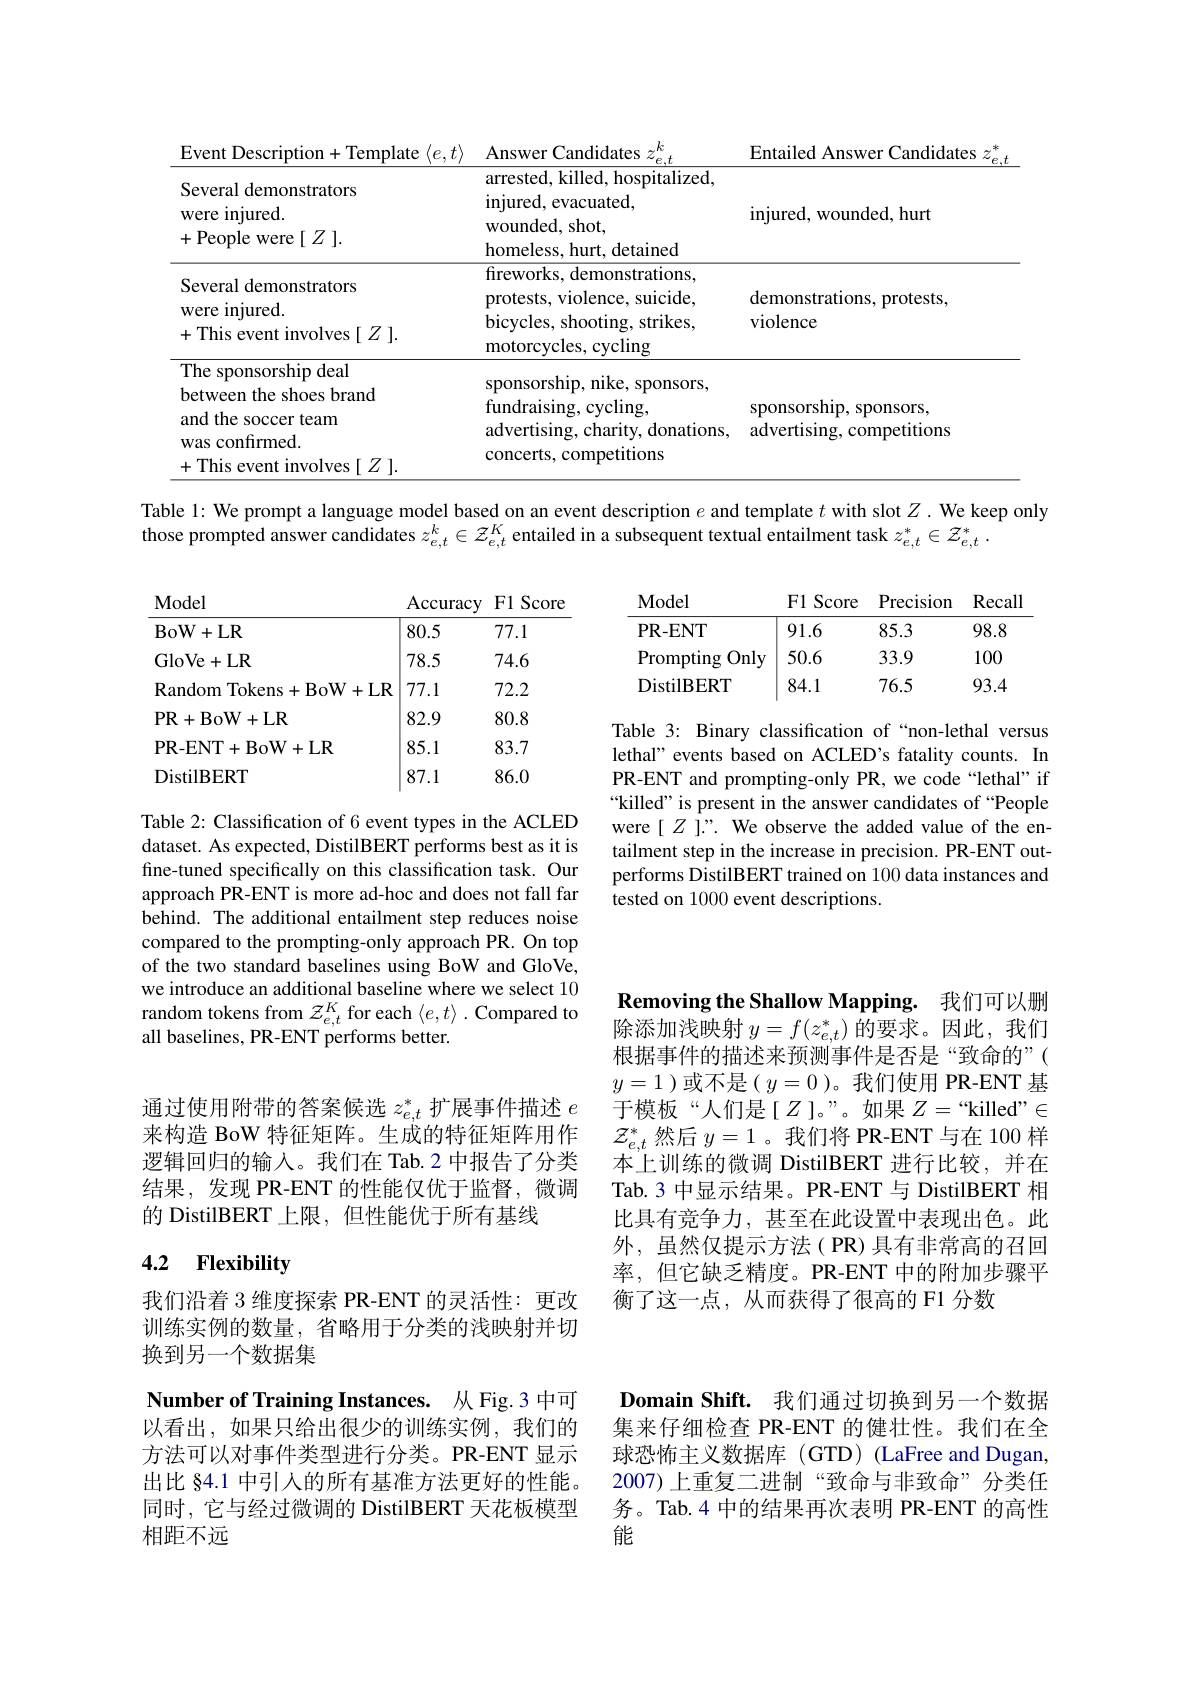
<table>
	<tbody>
		<tr>
			<th>Event Description+Template$\langle e,t\rangle$</th>
			<th>${\mathrm{Answer~Candidates}}$ $e.t$</th>
			<th>Entailed Answer Candidates</th>
			<th>非 $z$ $e$, T 、 、</th>
		</tr>
		<tr>
			<td>Several demonstrators were injured. +People were$[Z].$</td>
			<td>${\mathrm{arrested,~killed,~hospitalized,}}$ injured, evacuated, ${\mathrm{wounded,~shot,}}$ homeless, hurt, detained</td>
			<td>injured, wounded, hurt</td>
			<td> </td>
		</tr>
		<tr>
			<td>Several demonstrators were injured. +This event involves$[Z].$</td>
			<td>fireworks, demonstrations, protests, violence, suicide, bicycles, shooting, strikes, ${\mathrm{motorcycles,~cycling}}$</td>
			<td>demonstrations, protests, violence</td>
			<td> </td>
		</tr>
		<tr>
			<td>I ne sponsorsmp deal between the shoes brand and the soccer team was confirmed. +This event involves$[Z].$</td>
			<td>sponsorship, nike, sponsors, fundraising, cycling, advertising, charity, donations, concerts, competitions</td>
			<td>sponsorship, sponsors, advertising, competitions</td>
			<td> </td>
		</tr>
	</tbody>
</table>

Table l: We prompt a language model based on an event description $e$ and template $t$ with slot $Z.$ We keep only
those prompted answer candidates $z_e,t^k\in\mathcal{Z}_{e,t}^K$ entailed in a subsequent textual entailment task $z_e,t^*\in\mathcal{Z}_{e,t}^*.$

F1 Score Precision Recall
<table>
	<tbody>
		<tr>
			<th>PR- ENT</th>
			<th>91.6</th>
			<th>85.3</th>
			<th>98.8</th>
		</tr>
		<tr>
			<td>Only $\operatorname{Prompting}$</td>
			<td>50.6</td>
			<td>33.9</td>
			<td>100</td>
		</tr>
		<tr>
			<td>DistilBERT</td>
			<td>84.1</td>
			<td>76.5</td>
			<td>93.4</td>
		</tr>
	</tbody>
</table>

Accuracy F1 Score
<table>
	<tbody>
		<tr>
			<th>BoW+ LR</th>
			<th>80.5</th>
			<th>77.1</th>
		</tr>
		<tr>
			<td>GloVe+ LR</td>
			<td>78.5</td>
			<td>74.6</td>
		</tr>
		<tr>
			<td>RandomTokens+BoW-</td>
			<td>77.1 $R$</td>
			<td>72.2</td>
		</tr>
		<tr>
			<td>PR+BoW+LR</td>
			<td>82.9</td>
			<td>80.8</td>
		</tr>
		<tr>
			<td>PR- ENT+ BoW+ LR</td>
			<td>85.1</td>
			<td>83.7</td>
		</tr>
		<tr>
			<td>DistilBERT</td>
			<td>87.1</td>
			<td>86.0</td>
		</tr>
	</tbody>
</table>

Model

Model

Table 3: Binary classification of “non-lethal versus lethal" events based on ACLED's fatality counts. In PR-ENT and prompting-only PR, we code“lethal” if “killed” is present in the answer candidates of “People were[Z]?. We observe the added value of the entailment step in the increase in precision. PR-ENT outperforms DistilBERT trained on 100 data instances and tested on 1000 event descriptions.

Table 2: Classification of 6 event types in the ACLED dataset. As expected, DistilBERT performs best as it is fine-tuned specifically on this classification task. Our approach PR-ENT is more ad-hoc and does not fall far behind. The additional entailment step reduces noise compared to the prompting-only approach PR. On top of the two standard baselines using BoW and GloVe, we introduce an additional baseline where we select 10 random tokens from $\mathcal{Z}_e,t^K$ for each $\langle e,t\rangle$ .Compared to all baselines, PR-ENT performs better.

Removing the Shallow Mapping. 我们可以删除添加浅映射$y=f(z_{e,t}^*)$的要求。因此，我们

根据事件的描述来预测事件是否是“致命的”( $y=1$ )或不是( $y=0$ )。我们使用 PR-ENT 基于模板“人们是[Z]。”。如果$Z=$“killed”$\in$ $\mathcal{Z}_{e,t}^*$然后 $y=1$ 。我们将 PR-ENT 与在 100 样本上训练的微调 DistilBERT 进行比较，并在Tab.3 中显示结果。PR-ENT 与 DistilBERT 相比具有竞争力，甚至在此设置中表现出色。此外，虽然仅提示方法(PR)具有非常高的召回率，但它缺乏精度。PR-ENT 中的附加步骤平衡了这一点，从而获得了很高的 F1 分数

通过使用附带的答案候选$z_e,t^*$扩展事件描述$e$ 来构造 BoW 特征矩阵。生成的特征矩阵用作逻辑回归的输入。我们在 Tab.2 中报告了分类结果，发现 PR-ENT 的性能仅优于监督，微调的 DistilBERT 上限，但性能优于所有基线

## 4.2 Flexibility

我们沿着 3 维度探索 PR-ENT 的灵活性：更改训练实例的数量，省略用于分类的浅映射并切换到另一个数据集

Number of Training Instances. 从 Fig.3 中可以看出，如果只给出很少的训练实例，我们的方法可以对事件类型进行分类。PR-ENT显示出比 §4.1 中引人的所有基准方法更好的性能。同时，它与经过微调的 DistilBERT 天花板模型相距不远

Domain Shift. 我们通过切换到另一个数据集来仔细检查 PR-ENT 的健壮性。我们在全球恐怖主义数据库 (GTD) (LaFree and Dugan, 2007)上重复二进制“致命与非致命”分类任务。Tab.4 中的结果再次表明 PR-ENT 的高性能